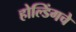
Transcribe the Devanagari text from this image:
होल्डिंगचे